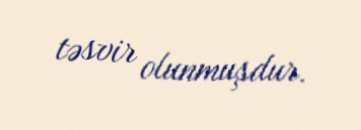
təsvir olunmuşdur.